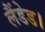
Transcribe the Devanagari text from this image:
लैंडेड।